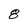
Character: 8